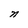
Character: n